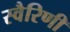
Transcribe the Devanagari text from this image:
स्वैरिणी